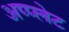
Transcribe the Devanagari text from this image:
अप्प्लेट